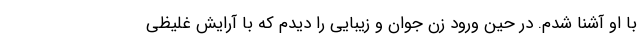
با او آشنا شدم. در حین ورود زن جوان و زیبایی را دیدم که با آرایش غلیظی